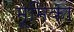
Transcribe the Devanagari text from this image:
मूमिका